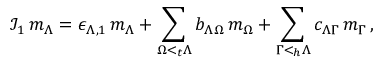
{ \mathcal I } _ { 1 } \, m _ { \Lambda } = \epsilon _ { \Lambda , 1 } \, m _ { \Lambda } + \sum _ { \Omega < _ { t } \Lambda } b _ { \Lambda \Omega } \, m _ { \Omega } + \sum _ { \Gamma < _ { h } \Lambda } c _ { \Lambda \Gamma } \, m _ { \Gamma } \, ,